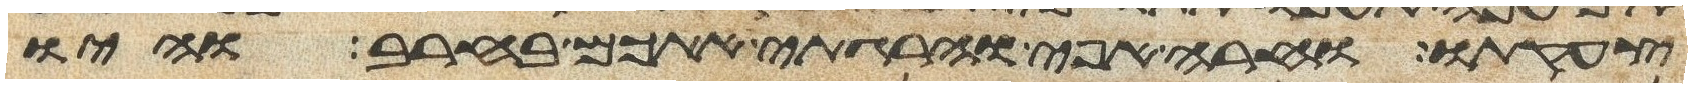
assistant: צעקתו וחרה אפי והרגתי אתכם בחרב והיו